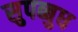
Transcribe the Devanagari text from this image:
सुपब्बुध